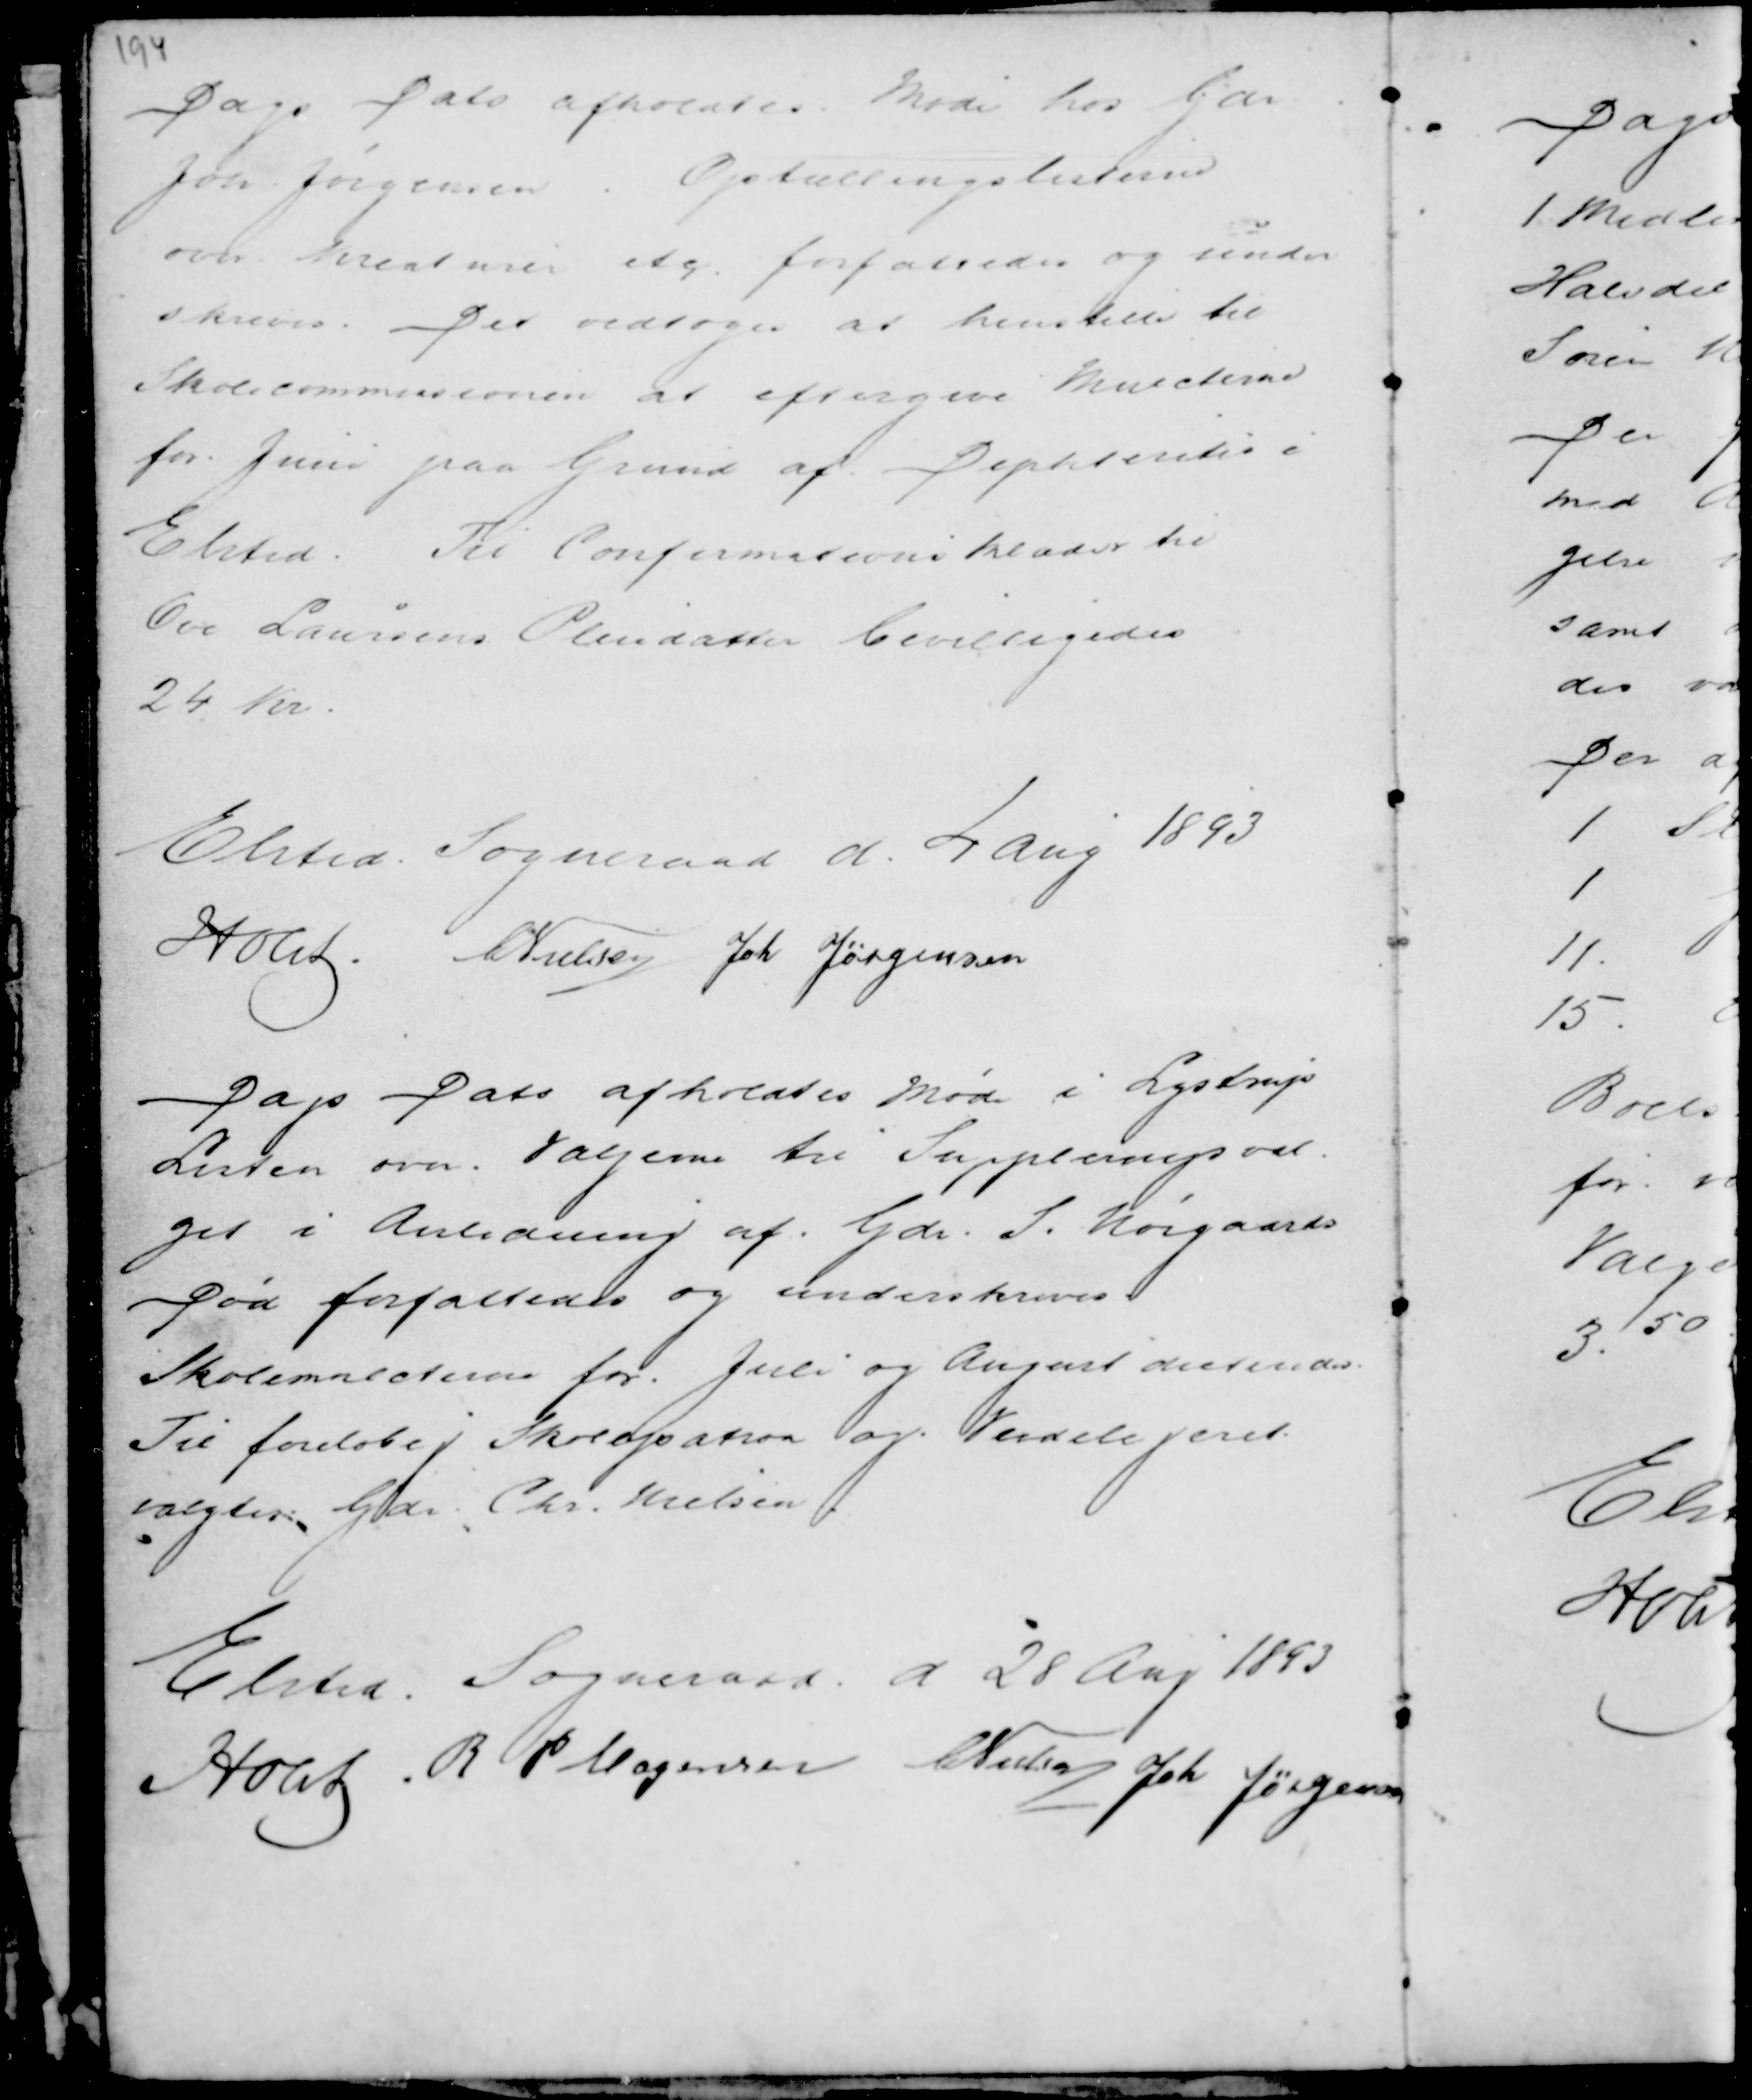
Transskription:
Dags Dato afholdtes Møde hos Gdr
Joh Jørgensen. Optællingslisterne
over Kreaturer etc forfattedes og under
skreves. Det vedtoges at henstille til
Skolecommissionen at eftergive Mulcterne
for Juni paa Grund af Diphteritis i
Elsted. Til Confirmationsklæder til
Ove Laursens Pleiedatter bevilligedes
24 Kr.

Elsted Sogneraad d. 4 aug 1893
Holst . C Nielsen Joh Jørgensen

Dags Dato afholdtes Møde i Lystrup
Listen over Vælgerne til Suppleringsval-
get i Anledning af Gdr. S. Nørgaards
Død forfattedes og underskreves.
Skolemulcterne for Juli og August dikteredes.
Til foreløbig Skolepatron og Veidelegeret
valgtes Gdr Chr. Nielsen.

Elsted Sogneraad d 28 Aug 1893
Holst . R P Mogensen C Nielsen Joh Jørgensen